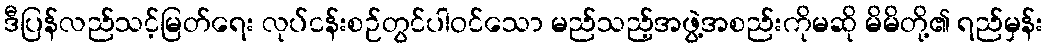
ဒီပြန်လည်သင့်မြတ်ရေး လုပ်ငန်းစဉ်တွင်ပါဝင်သော မည်သည့်အဖွဲ့အစည်းကိုမဆို မိမိတို့၏ ရည်မှန်း